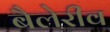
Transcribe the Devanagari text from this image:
बैलेरीव